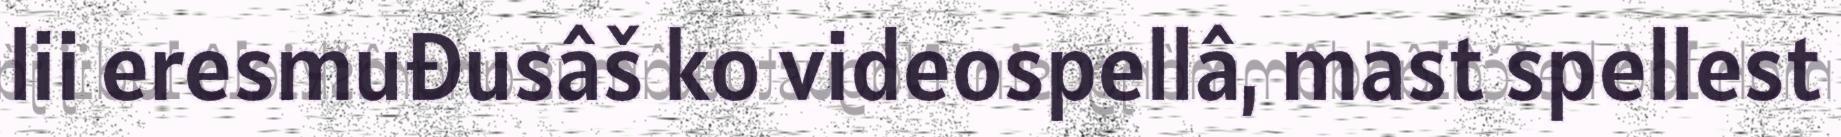
lii eresmuđusâš ko videospellâ, mast spellest